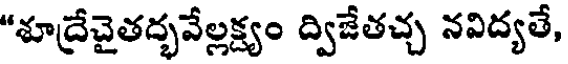
"శూద్రేచైతద్భవేల్లక్ష్యం ద్విజేతచ్చ నవిద్యతే,